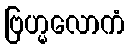
ဗြဟ္မလောကံ